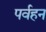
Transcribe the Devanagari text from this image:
पर्वहन